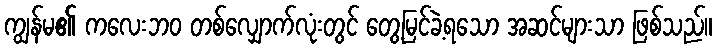
ကျွန်မ၏ ကလေးဘဝ တစ်လျှောက်လုံးတွင် တွေ့မြင်ခဲ့ရသော အဆင်များသာ ဖြစ်သည်။